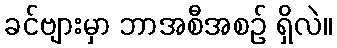
ခင်ဗျားမှာ ဘာအစီအစဉ် ရှိလဲ။